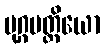
မုဂ္ဂမတ္တိယော